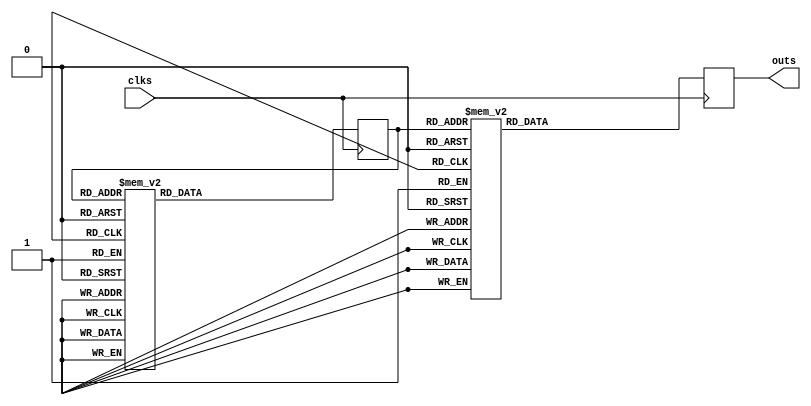
module scaner(clks,outs);
	input clks;
	output reg [7:0] outs;
	reg [2:0] state;
	always @ (posedge clks)
		case(state)
			4'd0: state <= 1;
			4'd1: state <= 2;
			4'd2: state <= 3;
			4'd3: state <= 4;
			4'd4: state <= 5;
			4'd5: state <= 6;
			4'd6: state <= 7;
			4'd7: state <= 0;
			default:state <= 0;
		endcase
	
	always @ (posedge clks)
		case(state)
			4'd0: outs = 8'b11111110;
			4'd1: outs = 8'b11111101;
			4'd2: outs = 8'b11111011;
			4'd3: outs = 8'b11110111;
			4'd4: outs = 8'b11101111;
			4'd5: outs = 8'b11011111;
			4'd6: outs = 8'b10111111;
			4'd7: outs = 8'b01111111;
			default:outs = 8'd255;
		endcase
endmodule